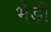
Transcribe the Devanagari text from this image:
भेड़ी